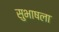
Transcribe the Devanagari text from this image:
सुभाषला